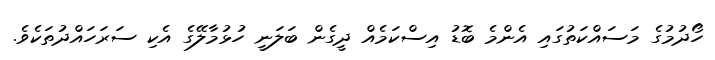
ހޯދުމުގެ މަސައްކަތުގައި އެންމެ ބޮޑު އިސްކަމެއް ދީގެން ބަލަނީ ހުޅުމާލޭގެ އެކި ސަރަހައްދުތަކެވެ.